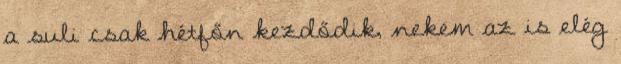
a suli csak hétfőn kezdődik, nekem az is elég